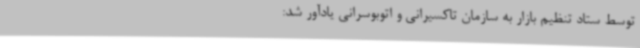
توسط ستاد تنظیم بازار به سازمان تاکسیرانی و اتوبوسرانی یادآور شد: